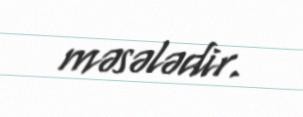
məsələdir.